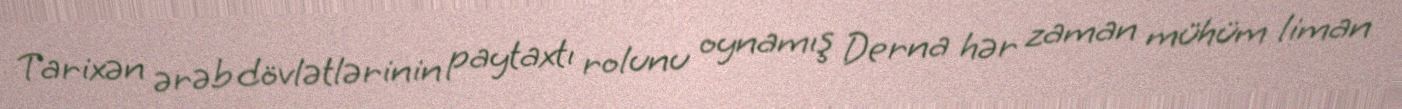
Tarixən ərəb dövlətlərinin paytaxtı rolunu oynamış Derna hər zaman mühüm liman